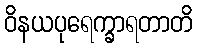
ဝိနယပုရေက္ခာရတာတိ